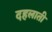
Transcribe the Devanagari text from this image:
दहलाती